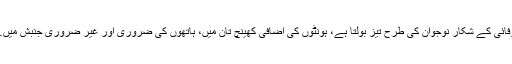
ہمارا میزبان، محبوبہ کی طرف سے بے وفائی کے شکار نوجوان کی طرح تیز بولتا ہے، ہونٹوں کی اضافی کھینچ تان میں، ہاتھوں کی ضروری اور غیر ضروری جنبش میں………… اور تلخ پانی کے زیر اثر بھی۔